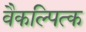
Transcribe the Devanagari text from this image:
वैकल्पित्क